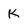
Character: K